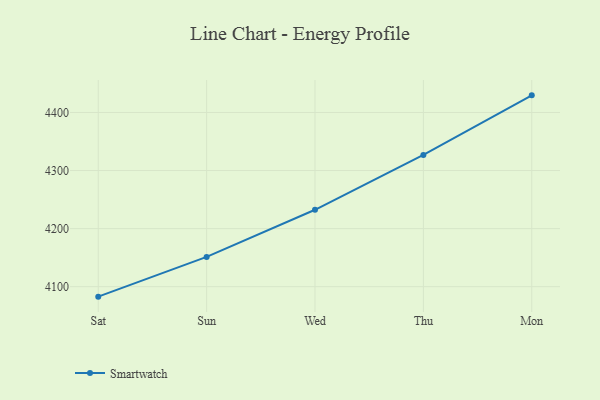
{"axis": {"x": "Day", "y": "Population (Million)"}, "legend": ["Smartwatch"], "data": [{"x": "Sat", "y": 4082.8, "type": "Smartwatch"}, {"x": "Sun", "y": 4151.2, "type": "Smartwatch"}, {"x": "Wed", "y": 4232.4, "type": "Smartwatch"}, {"x": "Thu", "y": 4326.8, "type": "Smartwatch"}, {"x": "Mon", "y": 4429.5, "type": "Smartwatch"}]}